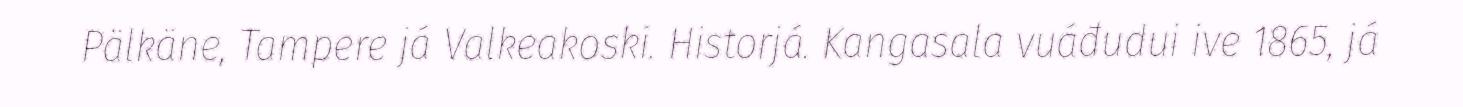
Pälkäne, Tampere já Valkeakoski. Historjá. Kangasala vuáđudui ive 1865, já